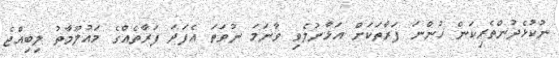
ނުކުޅެދުންތެރިކަން ހުންނަ ފަރާތަކަށް އަޅާނުލެވި ވާނަމަ ނުވަތަ އެފަދަ ފަރާތެއްގެ މައުލޫމާތު ލިބިއްޖެ